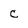
Character: c